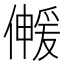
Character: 𫣰